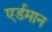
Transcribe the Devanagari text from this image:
एर्डमान